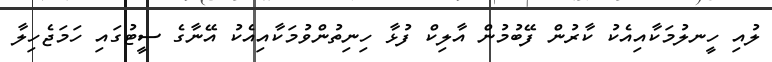
ލުއި ހީނލުމަކާއިއެކު ކާރުން ފޭބުމުން އާލިކް ފުޅާ ހިނިތުންވުމަކާއިއެކު އޭނާގެ ސީޓުގައި ހަމަޖެހިލާ